system: You are a helpful assistant.
user:
Analyze the provided spectrum to determine if it is a **S-type Star**.

- **Key Indicators for S-type Star:**

    - **(Overall Spectrum Shape):** The first and most obvious characteristic is the overall continuum (the "baseline" shape). It is **extremely "red-sloping,"** meaning the flux (light intensity) is very low on the left side (blue, ~4000-4500 Å) and rises steeply and continuously toward the right side (red, ~7000 Å+).

    - **(Primary):** The spectrum is defined by the presence of strong, broad molecular absorption "valleys" (bands) from **Zirconium Oxide (ZrO)**. The identification of these bands is the **primary requirement** for classifying a star as S-type.
        - **(Key Bandheads):** You must find distinct, deep "dips" where the light has been absorbed. The most critical band systems to locate are:
            - **~6474 Å** ($\gamma$-system): This is often the strongest and clearest ZrO feature, found in the red part of the spectrum.
            - **~5718 Å** & **~5551 Å** ($\beta$-system): A pair of prominent absorption features in the yellow-orange part of the spectrum.
            - **~4640 Å** ($\alpha$-system): A key absorption band system in the blue-green region of the spectrum.

    - **(Secondary Confirmation):** The classification is strengthened by finding additional absorption bands from other related heavy element oxides, which are expected to be present alongside ZrO.
        - **(Key Bandheads):**
            - **Yttrium Oxide (YO):** Look for absorption dips near **~4800 Å** and **~6100 Å**.
            - **Lanthanum Oxide (LaO):** Additional absorption features, particularly in the red-orange part of the spectrum, are also characteristic.

    - **(Line Profile):** The combination of the steep red continuum and these numerous, deep molecular bands (ZrO, YO, etc.) gives the entire spectrum a very **"chopped-up"** or **"bumpy"** appearance. Instead of a smooth curve, the spectrum looks as though large, wide chunks of light have been "carved out" of it at the specific wavelengths listed above.

Think first, call **spectral_visualization_tool** if needed to examine features in detail, then provide your final answer. Your response must adhere to the following strict rules:
1.  **Overall Structure:** Your response must follow the format `<think>...</think> <tool_call>...</tool_call> (if a tool is used) <answer>...</answer>`.
2.  **Tool Usage Constraint:** You may only make **one** tool call per turn.
3.  **Final Answer Format:** In the `<answer>` tag, your conclusion must be inside a `\boxed{}` command (e.g., `\boxed{YES}` or `\boxed{NO}`), followed by your justification.

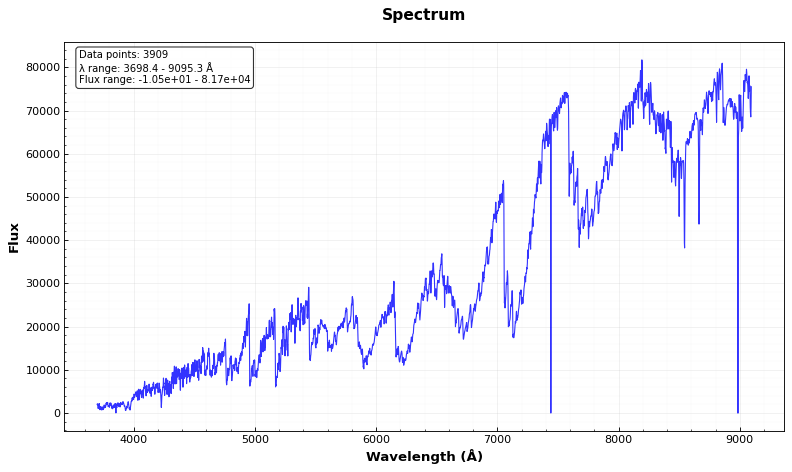
Answer: YES